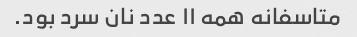
متاسفانه همه ۱۱ عدد نان سرد بود.